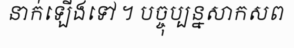
នាក់ឡើងទៅ ។ បច្ចុប្បន្នសាកសព